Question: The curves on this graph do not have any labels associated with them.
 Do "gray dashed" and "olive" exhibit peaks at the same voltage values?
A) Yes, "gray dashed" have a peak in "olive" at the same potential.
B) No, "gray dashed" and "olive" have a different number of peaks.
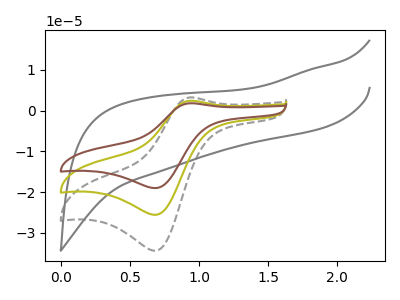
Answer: <think>The gray curve "gray" has no peaks. The gray dashed curve "gray dashed" has an anodic peak at (0.95V, 3.25uA) and a cathodic peak at (0.70V, -34.40uA). The olive curve "olive" has an anodic peak at (0.95V, 2.40uA) and a cathodic peak at (0.70V, -25.55uA). The brown curve "brown" has an anodic peak at (0.95V, 4.80uA) and a cathodic peak at (0.70V, -51.15uA).</think>
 <answer>A) Yes, "gray dashed" have a peak in "olive" at the same potential.</answer>
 <eval>A</eval>